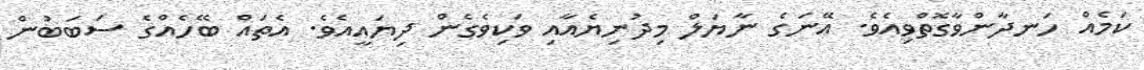
ކަމެއް ހަނދާންވާގޮތްވިއެވެ. އޭނަގެ ނާޔަލް މިދުނިޔެއާއި ވަކިވެގެން ދިޔައީއެވެ. އެތައް ބޭހެއްގެ ސަބަބުން